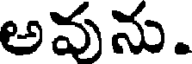
అవును.